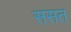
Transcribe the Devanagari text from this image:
ससत